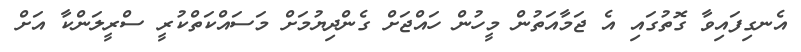
އެނގިފައިވާ ގޮތުގައި އެ ޖަމާއަތުން މީހުން ހައްޖަށް ގެންދިޔުމަށް މަސައްކަތްކުރީ ސްރީލަންކާ އަށް